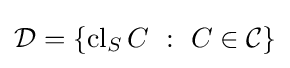
{\mathcal {D}}=\left\{\operatorname {cl} _{S}C~:~C\in {\mathcal {C}}\right\}